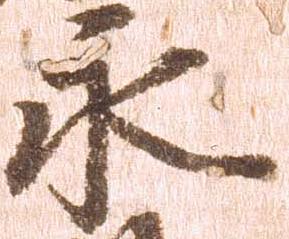
永